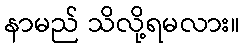
နာမည် သိလို့ရမလား။